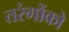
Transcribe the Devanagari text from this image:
तरंगोंको